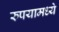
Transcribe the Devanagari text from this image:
रुपयामध्ये